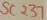
Text: SC237